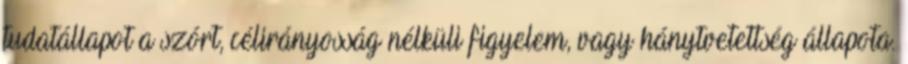
tudatállapot a szórt, célirányosság nélküli figyelem, vagy hánytvetettség állapota.